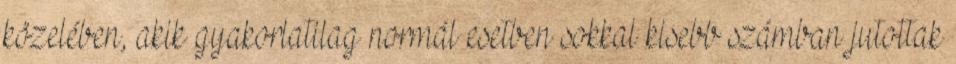
közelében, akik gyakorlatilag normál esetben sokkal kisebb számban jutottak